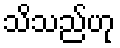
သိသည်ဟု